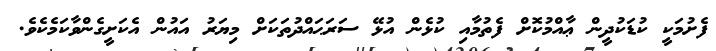
ފެށުމަކީ ކުޑަކުދީން ޢާއްމުކޮށް ފެތުމާއި ކުޅެން އުޅޭ ސަރަޙައްދުތަކަށް މިޔަރު އައުން އެކަށީގެންވާކަމެކެވެ.